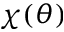
\chi ( \theta )